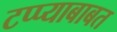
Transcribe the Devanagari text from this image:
टप्प्याबाबत